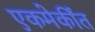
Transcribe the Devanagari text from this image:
एकमेकींत